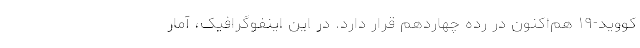
کووید-۱۹ هم‌اکنون در رده چهاردهم قرار دارد. در این اینفوگرافیک، آمار